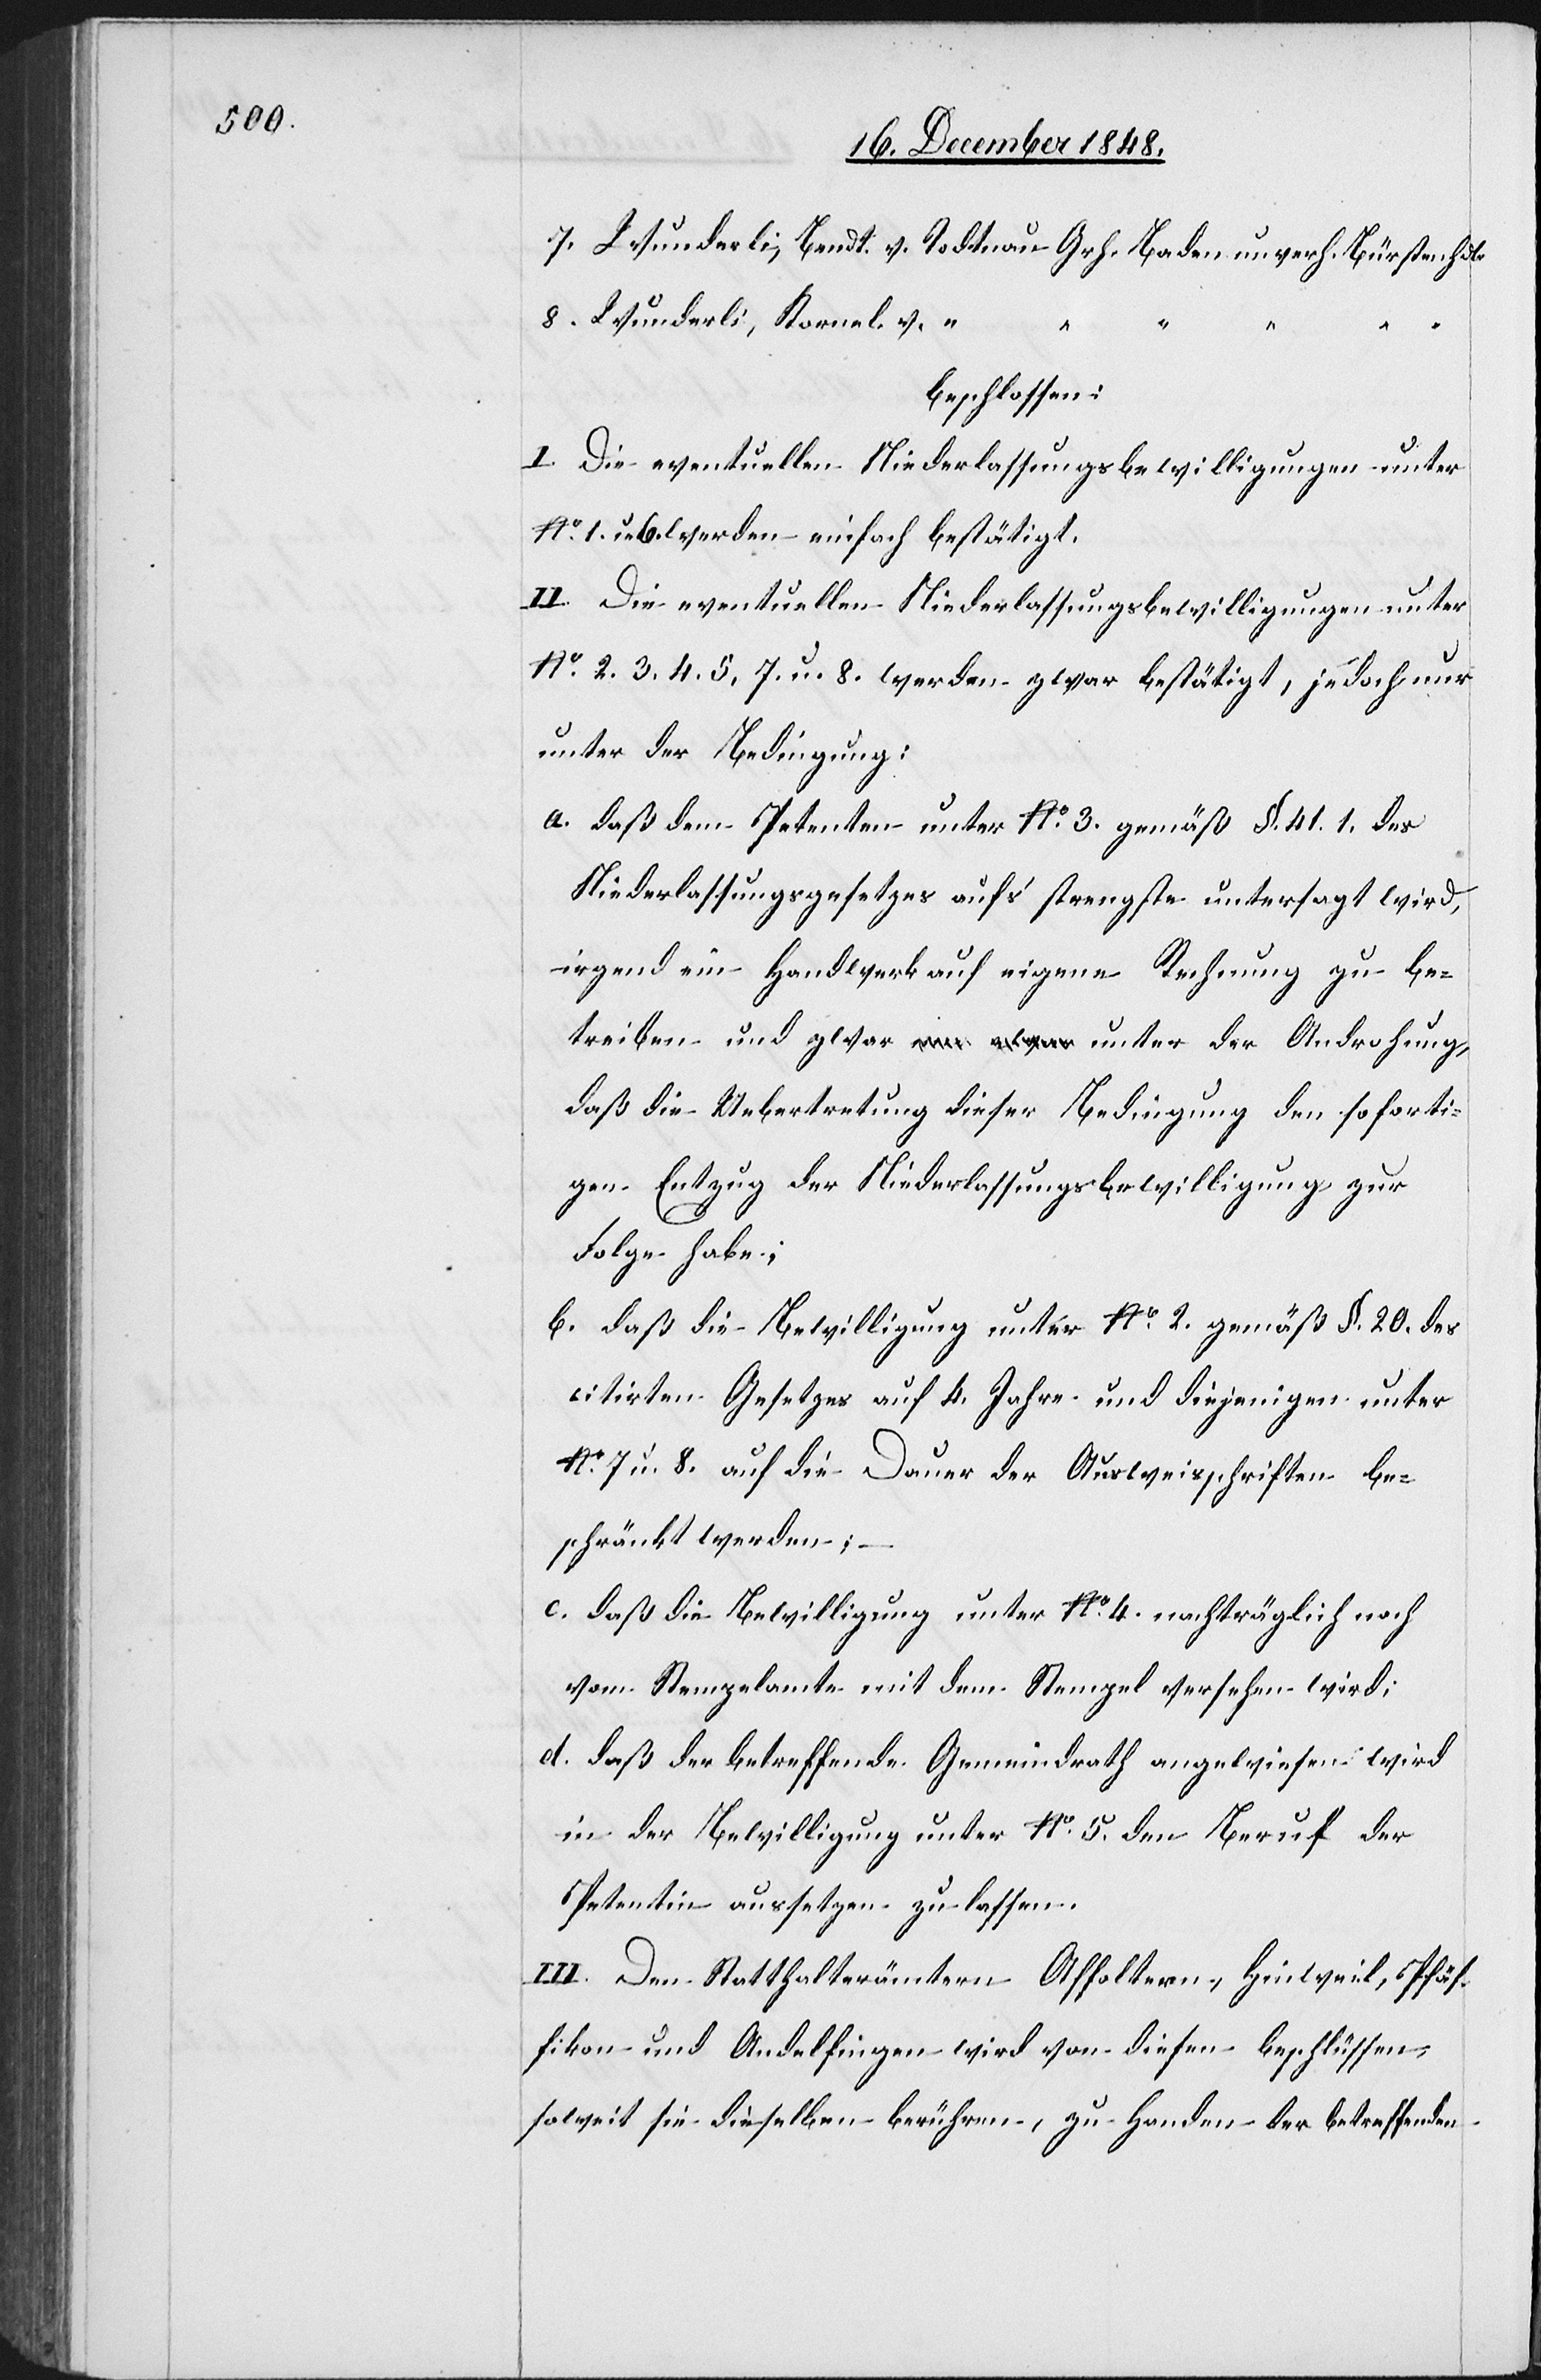
7. Wunderli, Bendt. v. Todtnau Grh. Baden unverh. Bürstenhdlr
8. Wunderli, Kornel v. “
beschlossen:
I. Die eventuellen Niederlassungsbewilligungen unter
No 1. u. 6. werden einfach bestätigt.
II. Die eventuellen Niederlassungsbewilligungen unter
No 2. 3. 4. 5. 7. u. 8. werden zwar bestätigt, jedoch nur
unter der Bedingung:
a. daß dem Petenten unter No 3. gemäß §. 41. 1. des
Niederlassungsgesetzes aufs strengste untersagt wird,
irgend ein Handwerk auf eigene Rechnung zu be¬
treiben und zwar unter der Androhung,
daß die Uebertretung dieser Bedingung den soforti¬
gen Entzug der Niederlassungsbewilligung zur
Folge habe;
b. daß die Bewilligung unter No 2. gemäß §. 20. des
citirten Gesetzes auf 4. Jahre und diejenigen unter
No 7 u. 8. auf die Dauer der Ausweisschriften be¬
schränkt werden;
c. daß die Bewilligung unter No 4. nachträglich noch
vom Stempelamte mit dem Stempel versehen wird;
d. daß der betreffende Gemeindrath angewiesen wird
in der Bewilligung unter No 5. den Beruf der
Petentin aussetzen zu lassen.
III. Den Statthalterämtern Affoltern, Hinweil, Pfäf¬
fikon und Andelfingen wird von diesen Beschlüssen,
soweit sie dieselben berühren, zu Handen der betreffenden